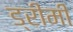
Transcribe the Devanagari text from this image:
ड्रीमी